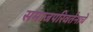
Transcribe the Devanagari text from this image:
समाजपरिवर्तनाचे